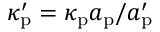
\kappa _ { \mathrm { p } } ^ { \prime } = \kappa _ { \mathrm { p } } a _ { \mathrm { p } } / a _ { \mathrm { p } } ^ { \prime }